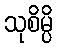
သုစိမ္ပိ